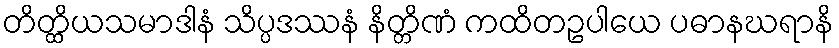
တိတ္ထိယသမာဒါနံ သိပ္ပဒဿနံ နိတ္တိဏံ ကထိတဥပါယေ ပဓာနဃရာနိ